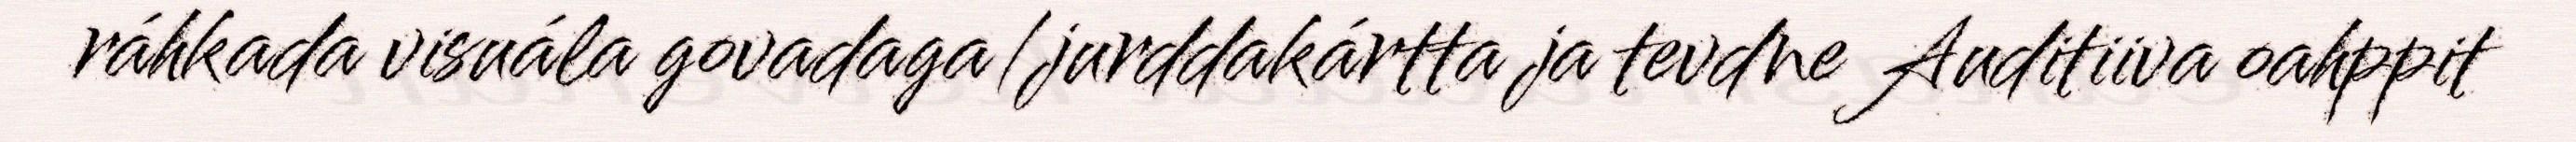
ráhkada visuála govadaga/jurddakártta ja tevdne Auditiiva oahppit